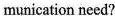
munication need?